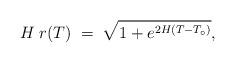
LaTeX: \begin{align*}H\;r(T)\;=\;\sqrt{1+e^{2H(T-T_{\circ})}},\end{align*}